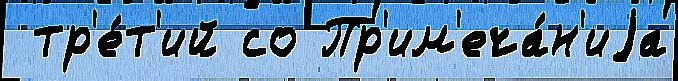
 тр'е́т'ий со Пр'им'еча́н'иjа